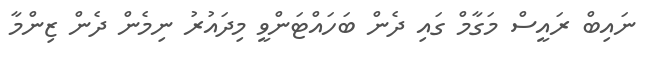
ނައިބް ރައީސް މަގާމް ގައި ދެން ބަހައްޓަންވީ މިދައުރު ނިމެން ދެން ޒިންމާ